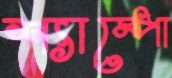
শ্যাম্পো